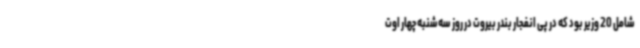
شامل 20 وزیر بود که در پی انفجار بندر بیروت در روز سه‌شنبه چهار اوت